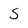
Character: S